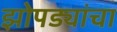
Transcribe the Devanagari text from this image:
झोपड्यांचा